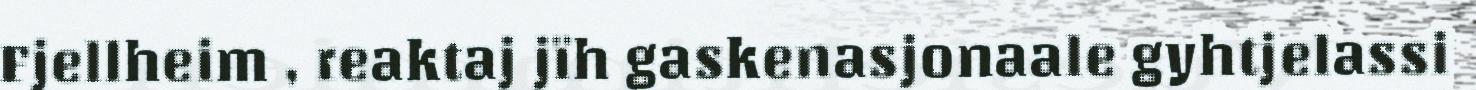
Fjellheim , reaktaj jïh gaskenasjonaale gyhtjelassi